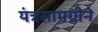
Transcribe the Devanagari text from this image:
यंत्रसामग्रीने